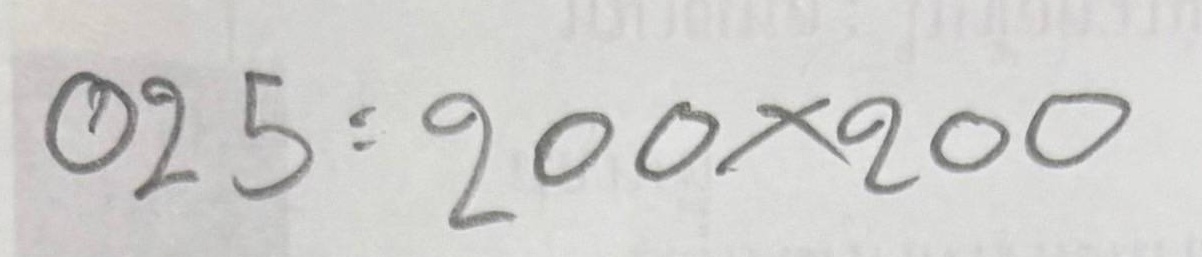
025 = 200x200